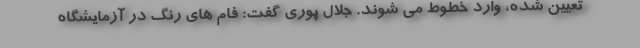
تعیین شده، وارد خطوط می شوند. جلال پوری گفت: فام های رنگ در آزمایشگاه